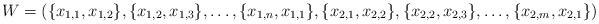
LaTeX: \begin{align*}W = (\{x_{1,1},x_{1,2}\},\{x_{1,2},x_{1,3}\}, \ldots ,\{x_{1,n},x_{1,1}\} ,\{x_{2,1},x_{2,2}\},\{x_{2,2},x_{2,3}\}, \ldots ,\{x_{2,m},x_{2,1}\})\end{align*}